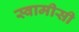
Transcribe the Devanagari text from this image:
स्वामीसी